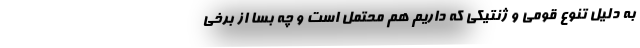
به دلیل تنوع قومی و ژنتیکی که داریم هم محتمل است و چه بسا از برخی